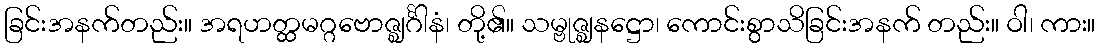
ခြင်းအနက်တည်း။ အရဟတ္ထမဂ္ဂဗောဇ္ဈင်္ဂါနံ၊ တို့၏။ သမ္ဗုဇ္ဈနဋ္ဌော၊ ကောင်းစွာသိခြင်းအနက် တည်း။ ဝါ၊ ကား။